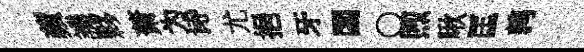
蘋譏夥萧为诗尤挹牙閟〇煦啾匡鹑